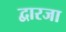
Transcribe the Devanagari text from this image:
द्वारजा